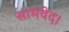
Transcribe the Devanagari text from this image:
सामवेद।